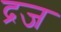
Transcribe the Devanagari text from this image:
द्रज